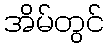
အိမ်တွင်